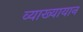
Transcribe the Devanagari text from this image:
व्याख्यायान